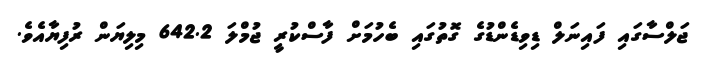
ޖަލްސާގައި ފައިނަލް ޑިވިޑެންޑުގެ ގޮތުގައި ބެހުމަށް ފާސްކުރީ ޖުމްލަ 642.2 މިލިޔަން ރުފިޔާއެވެ.